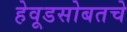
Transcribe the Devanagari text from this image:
हेवूडसोबतचे